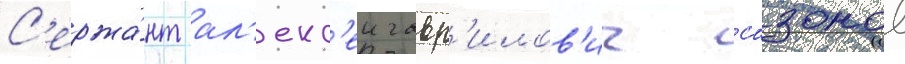
С'ержа́нт ал'екс'еи гавр'илов'ич сазонов